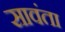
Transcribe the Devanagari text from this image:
सावंता